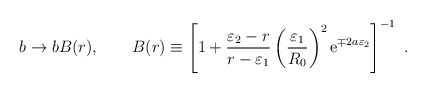
\begin{align*}b \rightarrow b B(r), \qquad B(r)\equiv \left[1+{\varepsilon_2-r \over r-\varepsilon_1}\left({\varepsilon_1 \over R_0}\right)^2 {\rm e}^{\mp 2a \varepsilon_2}\right]^{-1} ~.\end{align*}